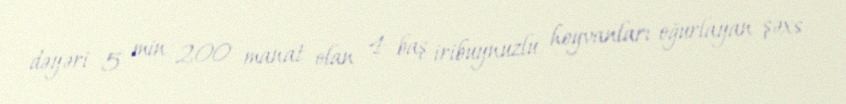
dəyəri 5 min 200 manat olan 4 baş iribuynuzlu heyvanları oğurlayan şəxs